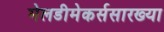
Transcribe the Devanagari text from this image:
मेलडीमेकर्ससारख्या